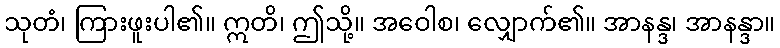
သုတံ၊ ကြားဖူးပါ၏။ ဣတိ၊ ဤသို့။ အဝေါစ၊ လျှောက်၏။ အာနန္ဒ၊ အာနန္ဒာ။